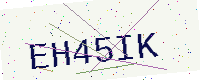
Text: EH45IK